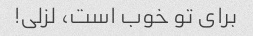
برای تو خوب است، لزلی!